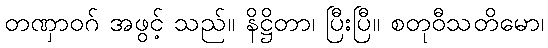
တဏှာဝဂ် အဖွင့် သည်။ နိဋ္ဌိတာ၊ ပြီးပြီ။ စတုဝီသတိမော၊